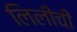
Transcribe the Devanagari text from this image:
लिलीची